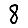
Digit: 8